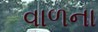
વાળના